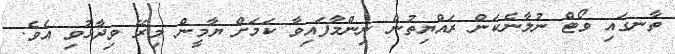
ތާނގައި ވޯޓް ނުލާނެކަން ރައްޔިތުން ނިންމާފައިވާ ކަމަށް ޔާމީން މިރޭ ވިދާޅުވި އެވެ.